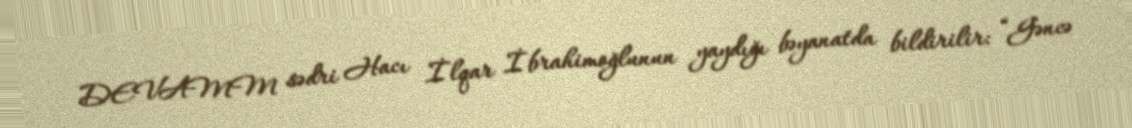
DEVAMM sədri Hacı İlqar İbrahimoğlunun yaydığı bəyanatda bildirilir: “Gəncə